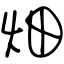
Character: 畑